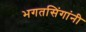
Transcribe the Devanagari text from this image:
भगतसिंगांनी